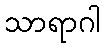
သာရာဂါ